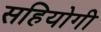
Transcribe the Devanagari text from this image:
सहियोगी